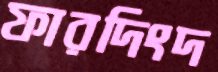
ফারদিংদ